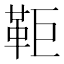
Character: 𩉸